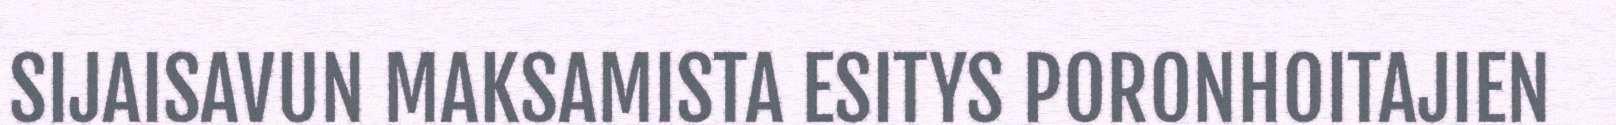
SIJAISAVUN MAKSAMISTA ESITYS PORONHOITAJIEN